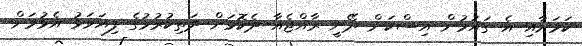
ކަމަށާއި އެ ގައުމުން އިސްކަން ދޭނީ ރާއްޖެއާ ދެކޮޅަށް ދަތިކުރުމުގެ ފިޔަވަޅު އެޅުމަށް